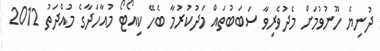
ދުނިޔެ ހޫނުވުމަށް މެދުވެރިވާ ސަބަބުތައް މަދުކުރުމާ ބެހޭ ކިއޯޓޯ މުއާހަދާގެ މުއްދަތު 2012